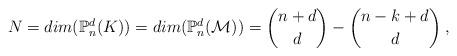
LaTeX: \begin{align*} N=dim(\mathbb{P}_n^d(K))=dim(\mathbb{P}_n^d(\mathcal{M}))={n+d\choose d}-{n-k+d\choose d}\;,\end{align*}